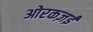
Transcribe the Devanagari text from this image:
ओरकज़ई